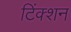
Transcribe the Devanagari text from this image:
टिंक्शन